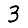
Digit: 3